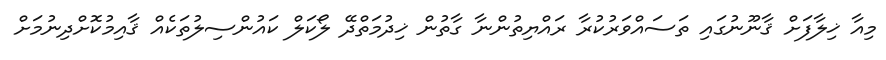
މިއާ ޚިލާފަށް ޤާނޫނުގައި ތަސައްވަރުކުރާ ރައްޔިތުންނާ ގާތުން ޚިދުމަތްދޭ ލޯކަލް ކައުންސިލުތަކެއް ޤާއިމުކޮށްދިނުމަށް